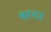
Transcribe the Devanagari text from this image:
बरनउ